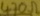
Text: 470Ω